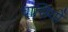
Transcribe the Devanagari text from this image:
वासियोँ